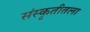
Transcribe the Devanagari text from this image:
संस्कृतीतला